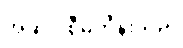
အဆိုပါစီမံကိန်းသည်